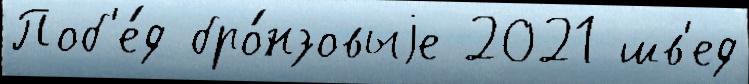
Поб'е́д бро́нзовыjе 2021 шв'ед